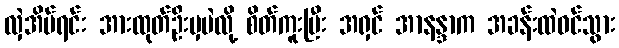
လှဲအိပ်ရင်း အားထုတ်ဦးမှပဲလို့ စိတ်ကူးပြီး အရှင် အာနန္ဒာက အခန်းထဲဝင်သွား